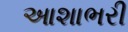
આશાભરી